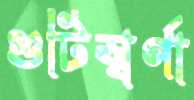
গুটিস্বর্ণা